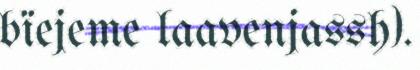
bïejeme laavenjassh).